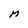
Character: M